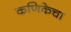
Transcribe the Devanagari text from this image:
कणिकेचा